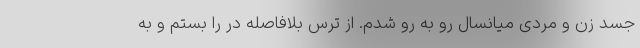
جسد زن و مردی میانسال رو به رو شدم. از ترس بلافاصله در را بستم و به